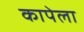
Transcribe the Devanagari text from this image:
कापेला